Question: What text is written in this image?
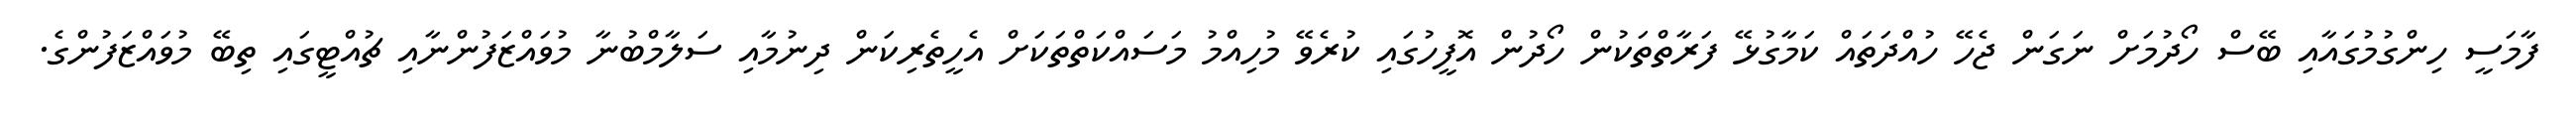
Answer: ފާމަސީ ހިންގުމުގައާއި ބޭސް ހޯދުމަށް ނަގަން ޖެހޭ ހުއްދަތައް ކަމާގުޅޭ ފަރާތްތަކުން ހޯދުން އޮފީހުގައި ކުރެވޭ މުހިއްމު މަސައްކަތްތަކަށް އެހީތެރިކަން ދިނުމާއި ސަލާމްބުނާ މުވައްޒަފުންނާއި ޗުއްޓީގައި ތިބޭ މުވައްޒަފުންގެ.